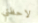
لاحظتي